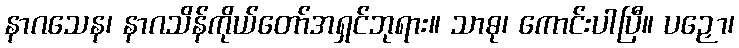
နာဂသေန၊ နာဂသိန်ကိုယ်တော်အရှင်ဘုရား။ သာဓု၊ ကောင်းပါပြီ။ ပဉှော၊